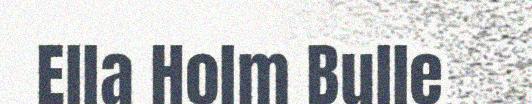
Ella Holm Bulle